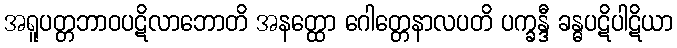
အရူပတ္တဘာဝပဋိလာဘောတိ အနတ္ထော ဂေါတ္တေနာလပတိ ပက္ခန္ဒီ ခန္ဓပဋိပါဋိယာ